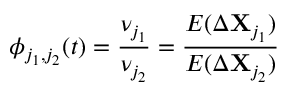
\phi _ { j _ { 1 } , j _ { 2 } } ( t ) = \frac { \nu _ { j _ { 1 } } } { \nu _ { j _ { 2 } } } = \frac { E ( \Delta \mathbf { X } _ { j _ { 1 } } ) } { E ( \Delta \mathbf { X } _ { j _ { 2 } } ) }